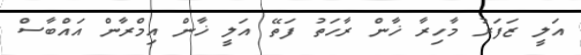
އަލީ ޒަފަރު މާހިރާ ޚާން ރާހަތު ފަތޭ އަލީ ޚާން އިމްރާން އައްބާސް